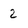
Character: 2